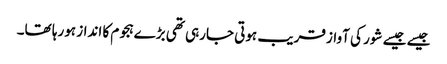
جیسے جیسے شور کی آواز قریب ہوتی جارہی تھی بڑےہجوم کا انداز ہورہا تھا۔